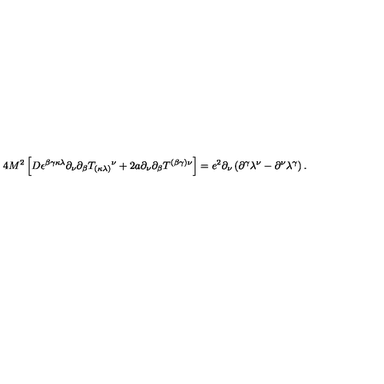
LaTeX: { 4 M ^ { 2 } } \left[ D \epsilon ^ { \beta \gamma \kappa \lambda } \partial _ { \nu } { \partial _ { \beta } } T _ { ( \kappa \lambda ) } { } ^ { \nu } + 2 a \partial _ { \nu } { \partial _ { \beta } } T ^ { ( \beta \gamma ) \nu } \right] = e ^ { 2 } \partial _ { \nu } \left( { \partial } ^ { \gamma } \lambda ^ { \nu } - { \partial } ^ { \nu } \lambda ^ { \gamma } \right) .